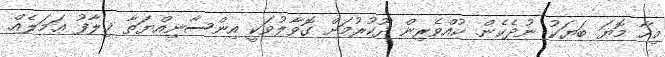
މިހާ މޮޔަ ބަޔަކު ނުދެކެން. ކުއްވެރިން ދޫކުރުމަށް ގޮވާލުވަކީ އިންސާނިއްޔަތާ ޚިލާފު ޢަމަލެއް.